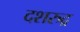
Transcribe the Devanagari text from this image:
दशरुद्र